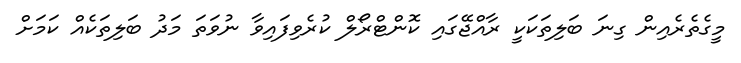
މީގެތެރެއިން ގިނަ ބަލިތަކަކީ ރާއްޖޭގައި ކޮންޓްރޯލް ކުރެވިފައިވާ ނުވަތަ މަދު ބަލިތަކެއް ކަމަށް